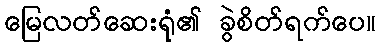
မြေလတ်ဆေးရုံ၏ ခွဲစိတ်ရက်ပေ။